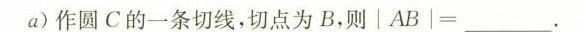
α)作圆C的一条切线，切点为B，则$$│ A B │ = ___ .$$